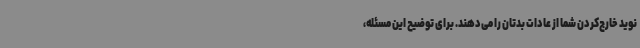
نوید خارج‌کردن شما از عادات بدتان را می‌دهند. برای توضیح این مسئله،